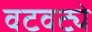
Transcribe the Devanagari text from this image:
वटवट्ये